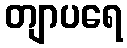
တျာပရေ